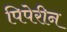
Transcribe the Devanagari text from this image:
पिपेरीन